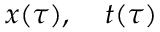
x ( \tau ) , \; \; \; \; t ( \tau )